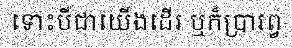
ទោះបីជាយើងដើរ ឬក៏ប្រារព្វ